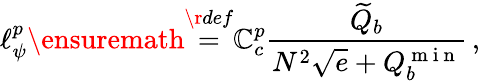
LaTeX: \ell_{\psi}^{p}\ensuremath{\stackrel{\r{def}}{=}}\mathbb{C}_{c}^{p}\frac{\widetilde Q_{b}}{N^{2}\sqrt{e}+Q_{b}^{\mathrm{~m~i~n~}}}\, ,